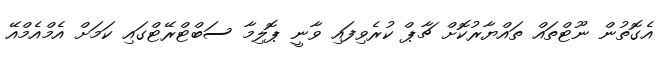
އެގޮތުން ނޫޓްތައް ތައްޔާރުކޮށް ޗާޕް ކުރެވިފައި ވާނީ ޕޮލިމާ ސަބްޓްރޭޓްގައި ކަމަށް އެމްއެމްއޭ